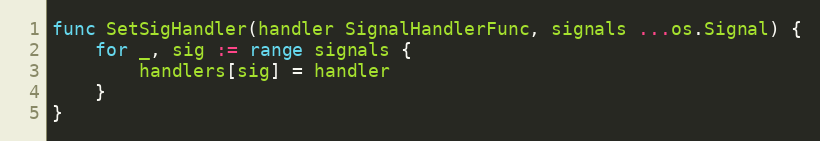
Language: Go
func SetSigHandler(handler SignalHandlerFunc, signals ...os.Signal) {
	for _, sig := range signals {
		handlers[sig] = handler
	}
}